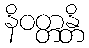
နိဝတ္တန္တိ